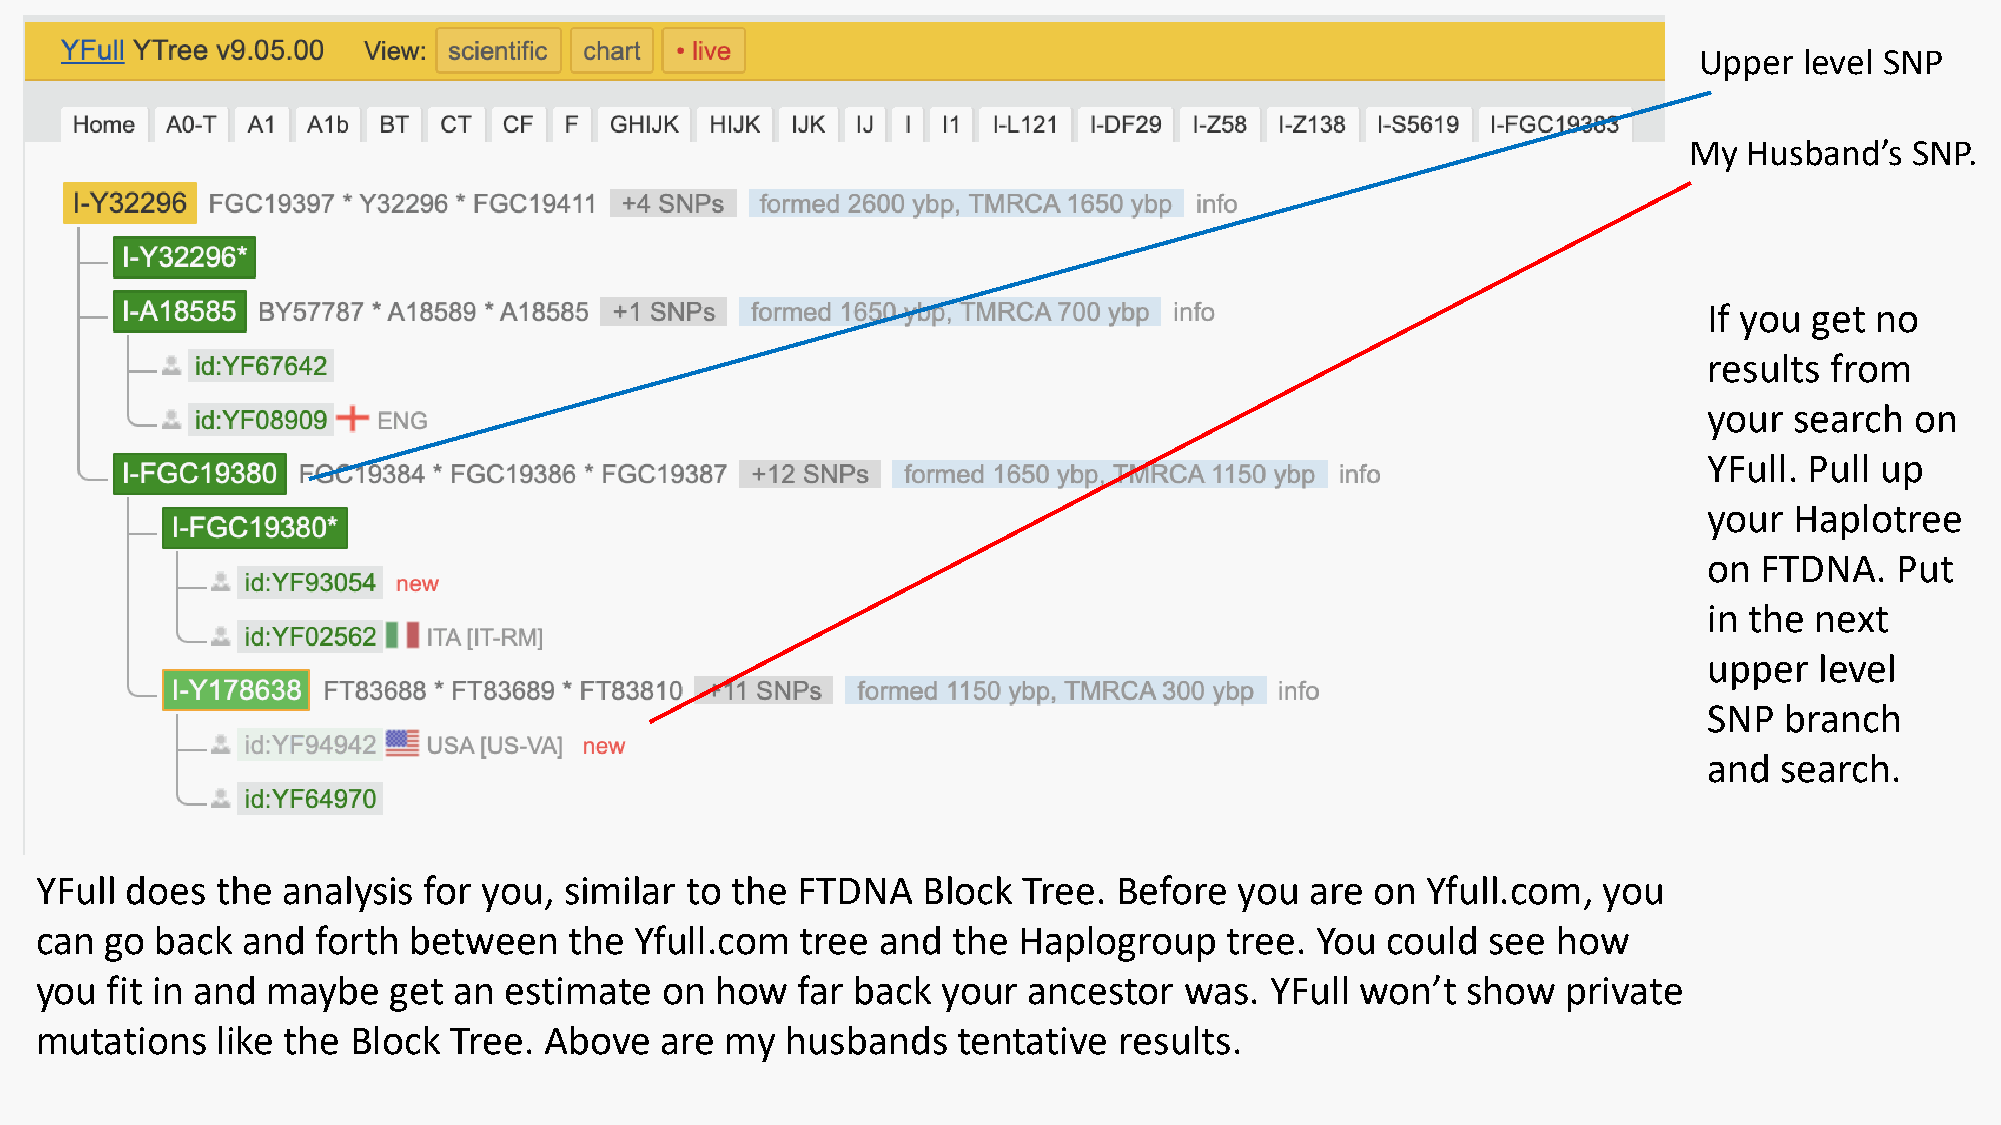
Upper  level SNP
 My  Husband’s  SNP.
 If you get no
 results from
 your  search  on
 YFull. Pull up
 your  Haplotree
 on FTDNA.    Put
 in the next
 upper  level
 SNP  branch
 and  search.
 YFull does  the  analysis for you, similar to the  FTDNA   Block  Tree. Before  you  are on Yfull.com,  you
 can  go back  and  forth between    the Yfull.com  tree and  the Haplogroup    tree. You  could  see how
 you  fit in and maybe   get an estimate   on how   far back your  ancestor  was.  YFull won’t  show   private
 mutations   like the Block  Tree. Above   are my  husbands   tentative  results.